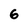
Character: 6